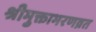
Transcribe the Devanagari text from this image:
श्रीमुक्ताभरणव्रत